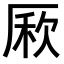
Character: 𠪁